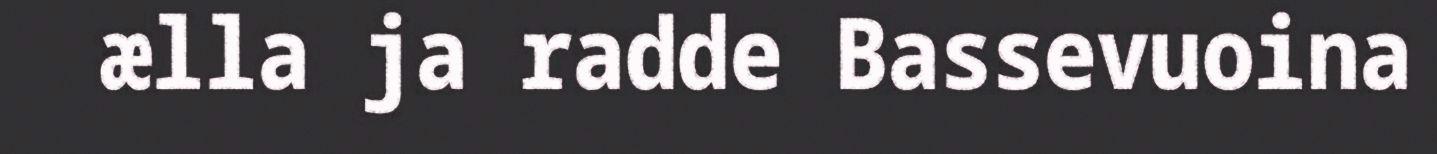
ælla ja radde Bassevuoina